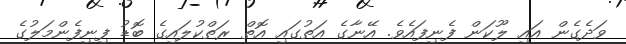
ވަދެގެން އައި ލޫކަން ފެނިފައެވެ. އޭނާގެ އަތުގައި އޮތް ރަތްކުލައިގެ ބޮޑު ފިނިފެންމަލުގެ